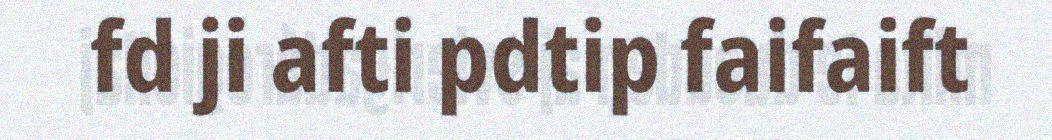
fd ji afti pdtip faifaift